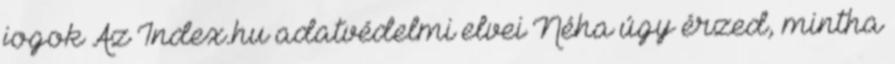
jogok Az Index.hu adatvédelmi elvei Néha úgy érzed, mintha